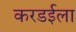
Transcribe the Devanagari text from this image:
करडईला